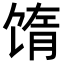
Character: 𬳅